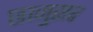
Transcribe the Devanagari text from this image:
छाजुसर